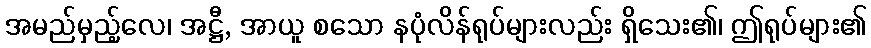
အမည်မှည့်လေ၊ အဋ္ဌီ, အာယူ စသော နပုံလိန်ရုပ်များလည်း ရှိသေး၏၊ ဤရုပ်များ၏